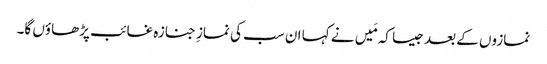
نمازوں کے بعد جیسا کہ مَیں نے کہا ان سب کی نمازِ جنازہ غائب پڑھاؤں گا۔